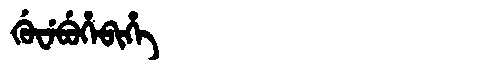
Manchu: ᡤᡠᠸᡝᠪᡠᡥᡝᠪᡳᡥᡝ
Romanization: GUWEBUHEBIHE